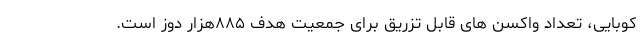
کوبایی، تعداد واکسن های قابل تزریق برای جمعیت هدف ۸۸۵هزار دوز است.